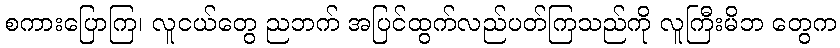
စကားပြောကြ၊ လူငယ်တွေ ညဘက် အပြင်ထွက်လည်ပတ်ကြသည်ကို လူကြီးမိဘ တွေက